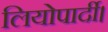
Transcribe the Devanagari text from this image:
लियोपार्दी।